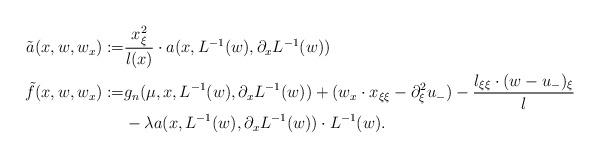
LaTeX: \begin{align*} \tilde{a}(x,w,w_x):=&\frac{x_\xi^2}{l(x)} \cdot a(x,L^{-1}(w),\partial_xL^{-1}(w))\\ \tilde{f}(x,w,w_x):=&g_n(\mu,x,L^{-1}(w),\partial_xL^{-1}(w))+ (w_x\cdot x_{\xi\xi}-\partial_\xi^2u_-)-\frac{l_{\xi\xi} \cdot (w-u_-)_\xi}{l}\\ &-\lambda a(x,L^{-1}(w),\partial_xL^{-1}(w))\cdot L^{-1}(w). \end{align*}